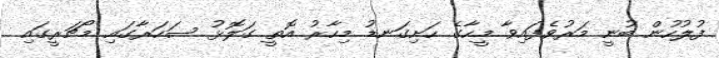
ފުލުހުން ބުނީ މަރުވެފައިވާ މީހާގެ ހަށިގަނޑު މިހާރު އޮތީ ގަލޮޅު ސަހަރާގައި މޯޗަރީގައި